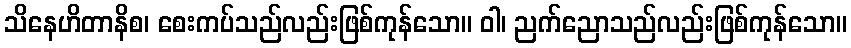
သိနေဟိတာနိစ၊ စေးကပ်သည်လည်းဖြစ်ကုန်သော။ ဝါ၊ ညက်ညောသည်လည်းဖြစ်ကုန်သော။